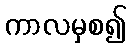
ကာလမှစ၍